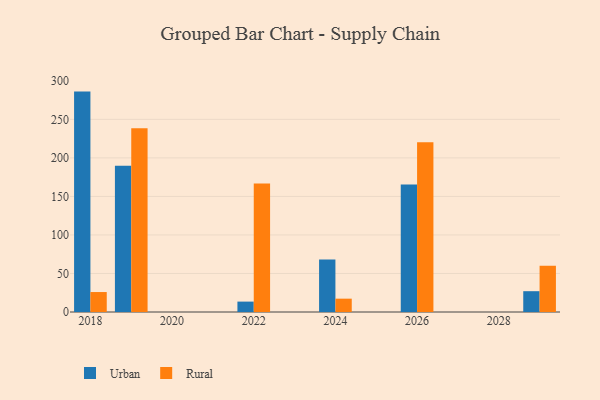
{"axis": {"x": "Year", "y": "Population (Million)"}, "legend": ["Rural", "Urban"], "data": [{"x": "2029", "y": 27.0, "type": "Urban"}, {"x": "2029", "y": 60.0, "type": "Rural"}, {"x": "2019", "y": 189.8, "type": "Urban"}, {"x": "2019", "y": 238.3, "type": "Rural"}, {"x": "2018", "y": 286.0, "type": "Urban"}, {"x": "2018", "y": 25.9, "type": "Rural"}, {"x": "2026", "y": 165.3, "type": "Urban"}, {"x": "2026", "y": 220.3, "type": "Rural"}, {"x": "2024", "y": 68.1, "type": "Urban"}, {"x": "2024", "y": 17.3, "type": "Rural"}, {"x": "2022", "y": 13.5, "type": "Urban"}, {"x": "2022", "y": 166.7, "type": "Rural"}]}